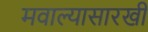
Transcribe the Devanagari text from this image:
मवाल्यासारखी